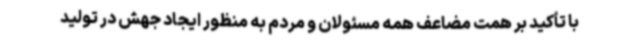
با تأکید بر همت مضاعف همه مسئولان و مردم به منظور ایجاد جهش در تولید